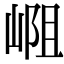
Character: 𪩁